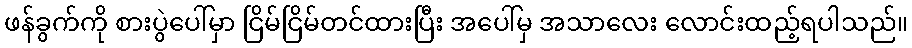
ဖန်ခွက်ကို စားပွဲပေါ်မှာ ငြိမ်ငြိမ်တင်ထားပြီး အပေါ်မှ အသာလေး လောင်းထည့်ရပါသည်။